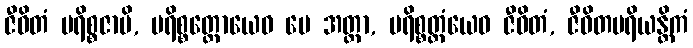
ဇီဝိတံ ပရိစ္စဇာမိ, ပရိစ္စတ္တောယေဝ မေ အတ္တာ, ပရိစ္စတ္တံယေဝ ဇီဝိတံ, ဇီဝိတပရိယန္တိကံ